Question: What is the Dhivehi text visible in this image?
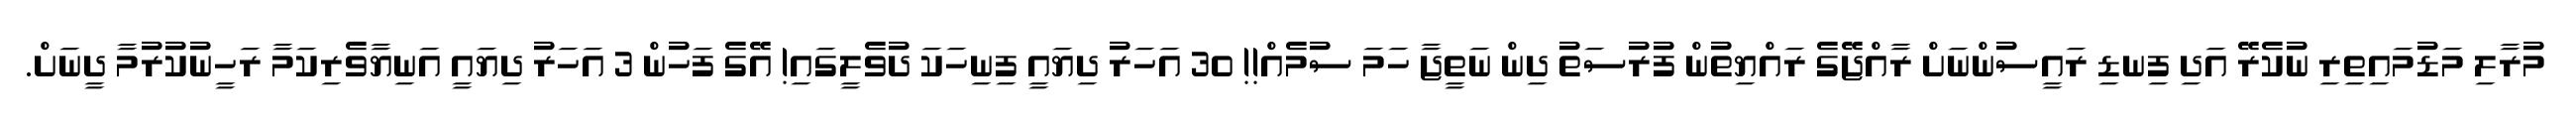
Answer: މުރާލި މަޑުމައިތިރި ނުކެރޭ އަދި ފިނޑި ރައީސުންނަށް ރާއްޖޭގެ ރައްޔިތުން ފުރުސަތު ދިން ނަތީޖާ ހަމަ ސުމެއް!! 30 އަހަރު ދިޔައީ ފިނިހަކަ ދުވެލީގައި! އޭގެ ފަހުން 3 އަހަރު ދިޔައީ އަނިޔާވެރިކަމާ ރަހީނުކުރުމާ ދީނަށް.